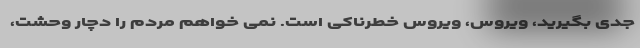
جدی بگیرید، ویروس، ویروس خطرناکی است. نمی خواهم مردم را دچار وحشت،